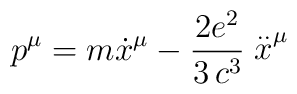
p^\mu= m \dot x^\mu - \frac{2 e^2}{3 \,c^3} \stackrel{..}{x}^\mu